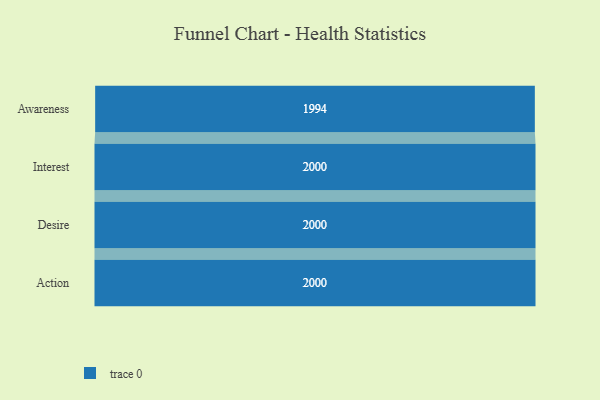
{"axis": {"x": "Stage", "y": "Value"}, "legend": [""], "data": [{"x": "Awareness", "y": 1994.0, "type": ""}, {"x": "Interest", "y": 2000, "type": ""}, {"x": "Desire", "y": 2000, "type": ""}, {"x": "Action", "y": 2000, "type": ""}]}